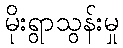
မိုးရွာသွန်းမှု